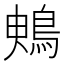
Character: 𪀙